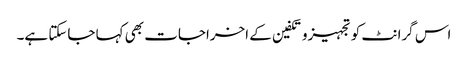
اس گرانٹ کو تجہیزوتکفین کے اخراجات بھی کہا جاسکتا ہے۔